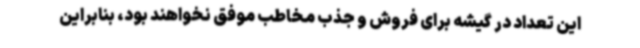
این تعداد در گیشه برای فروش و جذب مخاطب موفق نخواهند بود، بنابراین